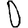
Digit: 0